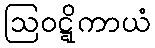
ဩဝဋ္ဋိကာယံ